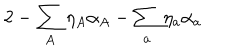
2 - \sum _ { A } \eta _ { A } \alpha _ { A } - \sum _ { a } \eta _ { a } \alpha _ { a }